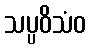
သပ္ပဝိသံဝ